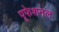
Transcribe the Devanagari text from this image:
पृफेशनल